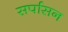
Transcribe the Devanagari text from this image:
सर्पासन